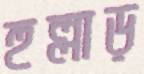
হুল্লাড়